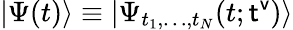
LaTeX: |\Psi(t)\rangle\equiv|\Psi_{t_{1},\dots,t_{N}}(t;{\sf t^{v}})\rangle